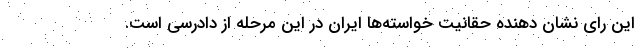
این رای نشان دهنده حقانیت خواسته‌ها ایران در این مرحله از دادرسی است.